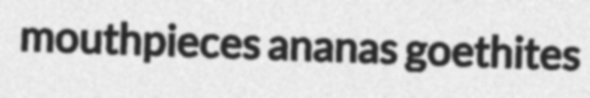
mouthpieces ananas goethites